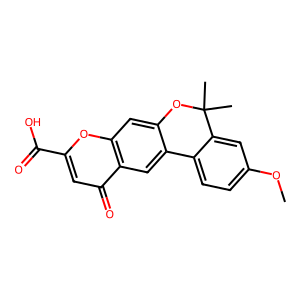
SMILES: COc1ccc2c(c1)C(C)(C)Oc1cc3oc(C(=O)O)cc(=O)c3cc1-2
Inhibits HIV replication: No